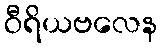
ဝီရိယဗလေန